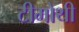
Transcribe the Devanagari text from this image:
टीमोथी